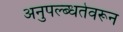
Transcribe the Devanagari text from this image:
अनुपल्ब्धतेवरून